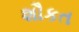
શૌકત